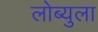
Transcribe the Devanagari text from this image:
लोब्युला